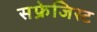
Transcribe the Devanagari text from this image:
सफ्रेजिस्ट